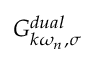
G _ { k \omega _ { n } , \sigma } ^ { d u a l }